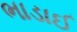
ભાડાઈ